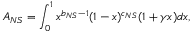
A _ { N S } = \int _ { 0 } ^ { 1 } x ^ { b _ { N S } - 1 } ( 1 - x ) ^ { c _ { N S } } ( 1 + \gamma x ) d x ,